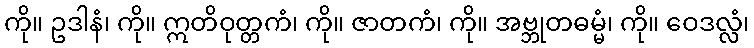
ကို။ ဥဒါနံ၊ ကို။ ဣတိဝုတ္တကံ၊ ကို။ ဇာတကံ၊ ကို။ အဗ္ဘုတဓမ္မံ၊ ကို။ ဝေဒလ္လံ၊